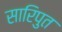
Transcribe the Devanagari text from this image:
सारिपुत